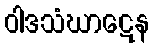
ဝါဒသံဃာဋေန